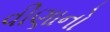
વીણાનો